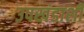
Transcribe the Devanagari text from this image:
उपखंडाशी